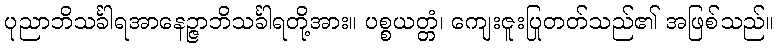
ပုညာဘိသင်္ခါရအာနေဉ္ဇာဘိသင်္ခါရတို့အား။ ပစ္စယတ္တံ၊ ကျေးဇူးပြုတတ်သည်၏ အဖြစ်သည်။